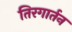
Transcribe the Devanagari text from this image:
तिरगार्तन